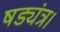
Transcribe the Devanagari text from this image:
षड्यंत्र।